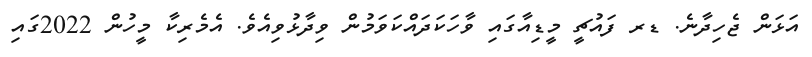
އަޅަން ޖެހިދާނެ. ޑރ ފައުޗީ މީޑިއާގައި ވާހަކަދައްކަވަމުން ވިދާޅުވިއެވެ. އެމެރިކާ މީހުން 2022ގައި